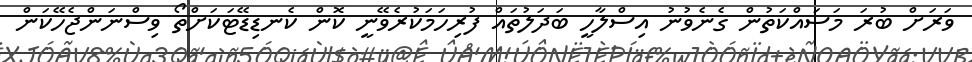
ވަރަށް ބުރަ މަސައްކަތުން ގެނެވުނު އިސްލާހީ ބަދަލުތައް ފުރިހަމަކުރެވޭނީ ކޮން ކެނޑިޑޭޓަކަށްތޯ ވިސްނަންޖެހޭކަން